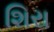
શિરા